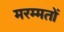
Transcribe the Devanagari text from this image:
मरम्मतों